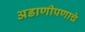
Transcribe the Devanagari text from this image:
अडाणीपणाचे